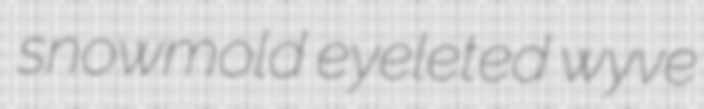
snowmold eyeleted wyve